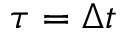
\tau = \Delta t